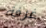
غرفة